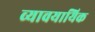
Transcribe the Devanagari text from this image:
व्‍यावयायिक